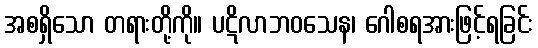
အစရှိသော တရားတို့ကို။ ပဋိလာဘဝသေန၊ ဂေါစရအားဖြင့်ရခြင်း